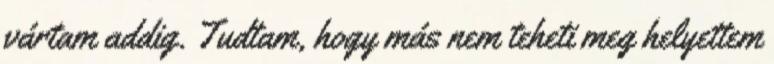
vártam addig. Tudtam, hogy más nem teheti meg helyettem